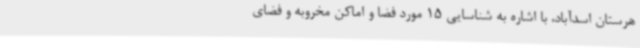
هرستان اسدآباد، با اشاره به شناسایی 15 مورد فضا و اماکن مخروبه و فضای